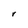
Character: r